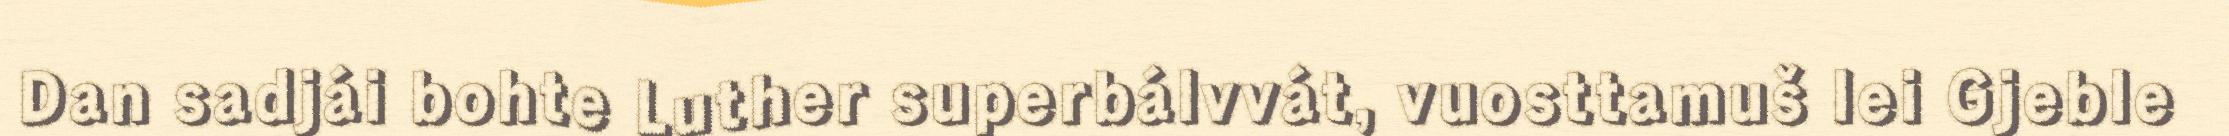
Dan sadjái bohte Luther superbálvvát, vuosttamuš lei Gjeble